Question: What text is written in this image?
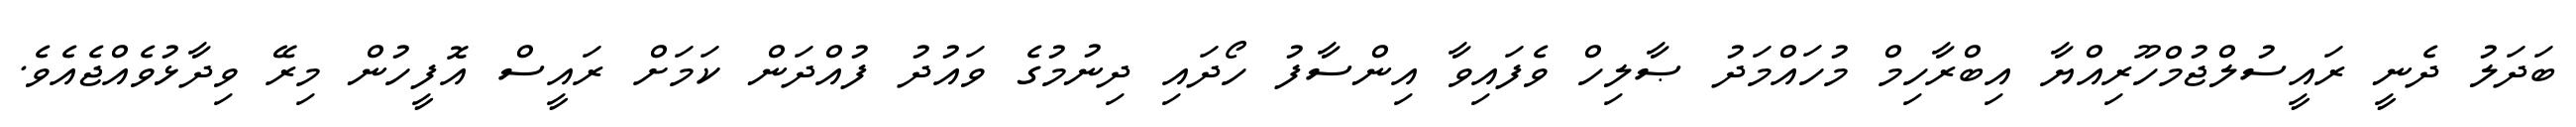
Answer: ބަދަލު ދެނީ ރައީސުލްޖުމްހޫރިއްޔާ އިބްރާހިމް މުހައްމަދު ޞާލިހް ވެފައިވާ އިންސާފު ހޯދައި ދިނުމުގެ ވައުދު ފުއްދަން ކަމަށް ރައީސް އޮފީހުން މިރޭ ވިދާޅުވެއްޖެއެވެ.